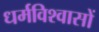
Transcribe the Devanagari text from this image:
धर्मविश्वासों